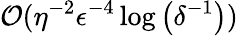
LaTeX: \mathcal{O}(\eta^{-2}\epsilon^{-4}\log\left(\delta^{-1}\right))